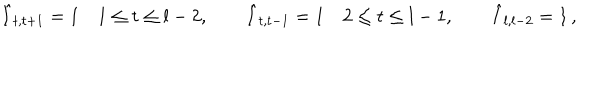
\hat { I } _ { t , t + 1 } = 1 \quad 1 \leq t \leq l - 2 , \quad \quad \hat { I } _ { t , t - 1 } = 1 \quad 2 \leq t \leq l - 1 , \quad \quad \hat { I } _ { l , l - 2 } = 1 \, ,